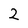
Character: 2